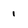
Character: 1